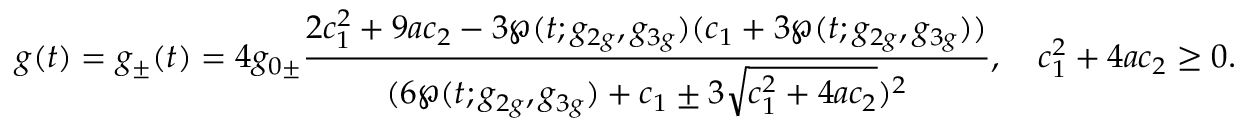
g ( t ) = g _ { \pm } ( t ) = 4 g _ { 0 \pm } \frac { 2 c _ { 1 } ^ { 2 } + 9 a c _ { 2 } - 3 \wp ( t ; g _ { 2 g } , g _ { 3 g } ) ( c _ { 1 } + 3 \wp ( t ; g _ { 2 g } , g _ { 3 g } ) ) } { ( 6 \wp ( t ; g _ { 2 g } , g _ { 3 g } ) + c _ { 1 } \pm 3 \sqrt { c _ { 1 } ^ { 2 } + 4 a c _ { 2 } } ) ^ { 2 } } , \quad c _ { 1 } ^ { 2 } + 4 a c _ { 2 } \ge 0 .